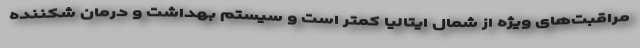
مراقبت‌های ویژه از شمال ایتالیا کمتر است و سیستم بهداشت و درمان شکننده